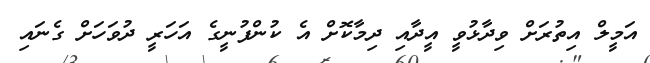
އަމީލް އިތުރަށް ވިދާޅުވީ އީދާއި ދިމާކޮށް އެ ކުންފުނީގެ އަހަރީ ދުވަހަށް ގެނައި